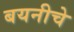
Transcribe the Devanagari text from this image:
बयनीचे